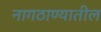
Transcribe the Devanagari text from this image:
नागठाण्यातील